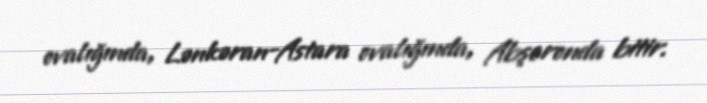
ovalığında, Lənkəran-Astara ovalığında, Abşeronda bitir.